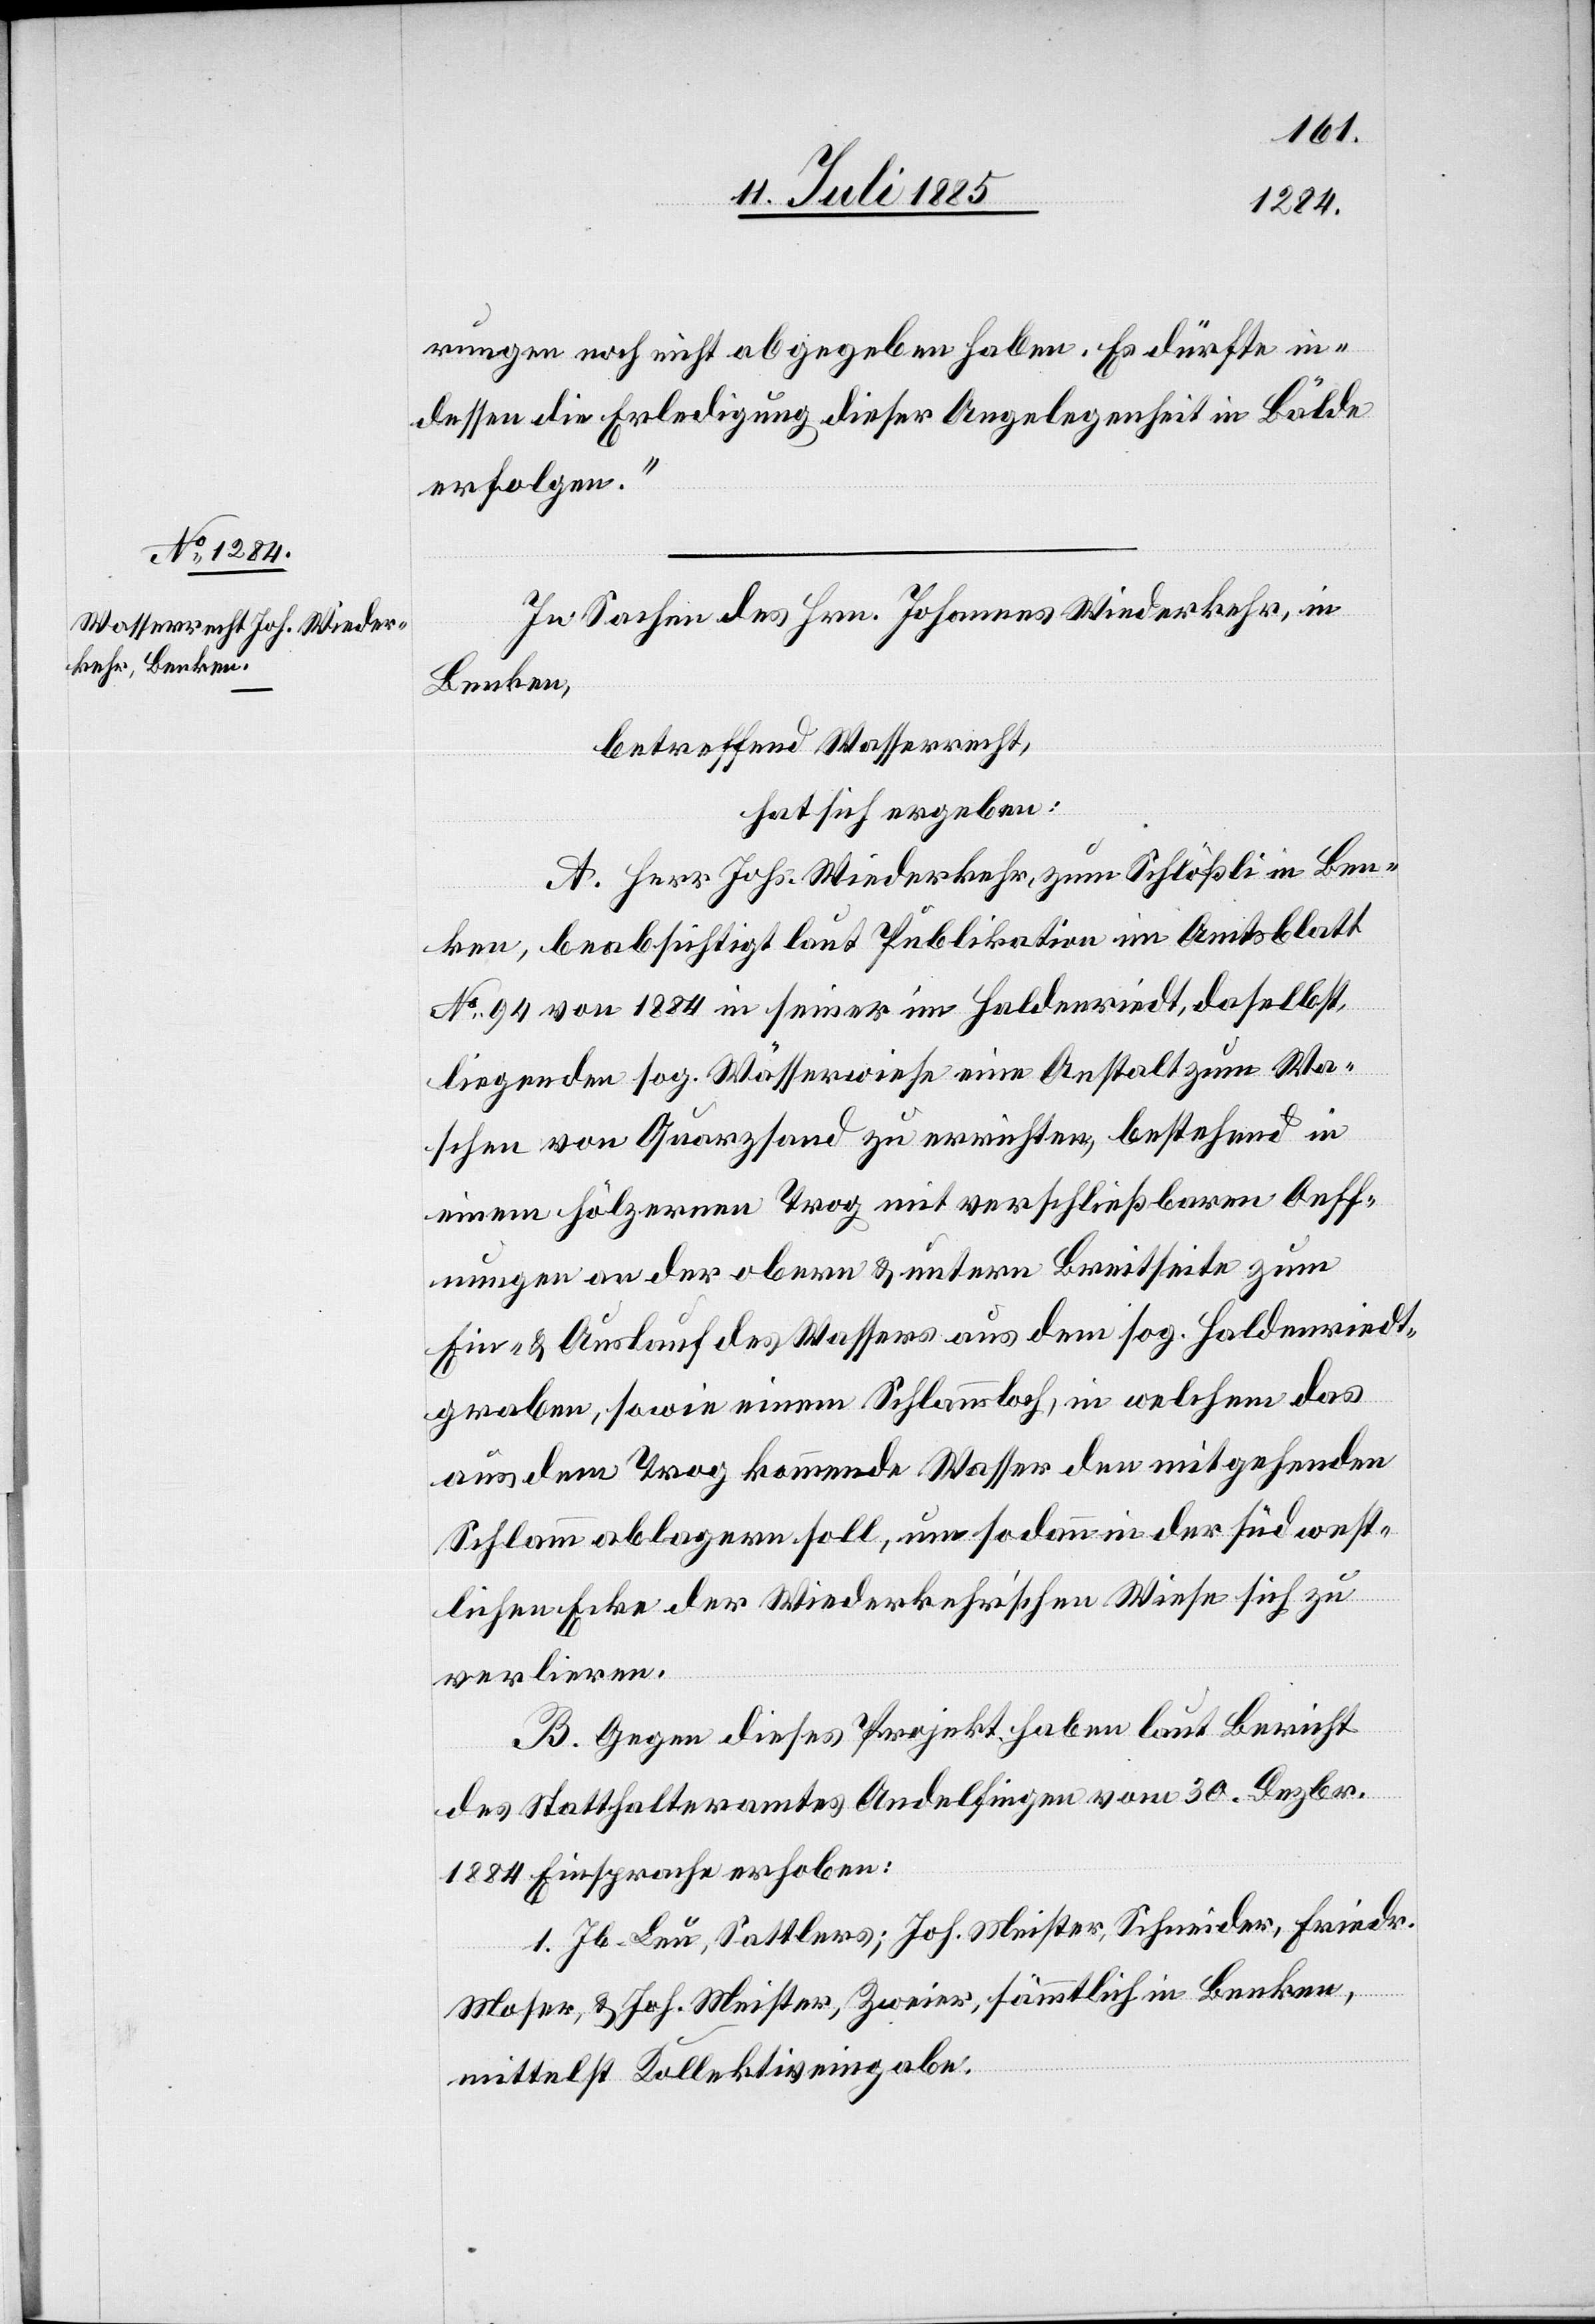
rungen noch nicht abgegeben haben. Es dürfte in¬
dessen die Erledigung dieser Angelegenheit in Bälde
erfolgen.
In Sachen des Hrn. Johannes Wiederkehr, in
Benken,
betreffend Wasserrecht,
hat sich ergeben:
A. Herr Johs. Wiederkehr, zum Schlößli in Ben¬
ken, beabsichtigt laut Publikation im Amtsblatt
No 94 von 1884 in seiner im Halderriedt, daselbst
liegenden sog. Wässerwiese eine Anstalt zum Wa¬
schen von Quarzsand zu errichten, bestehend in
einem hölzernen Trog mit verschließbaren Oeff¬
nungen an der obern & untern Breitseite zum
Ein- & Auslauf des Wassers aus dem sog. Haldenriedt¬
graben, sowie einem Schlammloch, in welchem das
aus dem Trog kommende Wasser den mitgehenden
Schlamm ablagern soll, um sodann in der südwest¬
lichen Ecke der Wiederkehr’schen Wiese sich zu
verlieren.
B. Gegen dieses Projekt haben laut Bericht
des Statthalteramtes Andelfingen vom 30. Dezbr.
1884 Einsprache erhoben:
1. Jb. Leu, Sattlers; Joh. Meister, Schneider, Friedr.
Moser, & Joh. Meister, Zweier, sämmtlich in Benken,
mittelst Kollektiveingabe.